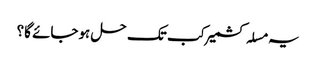
یہ مسلہ کشمیر کب تک حل ہوجائے گا؟